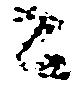
々